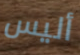
أليس